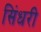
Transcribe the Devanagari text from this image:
सिंधरी